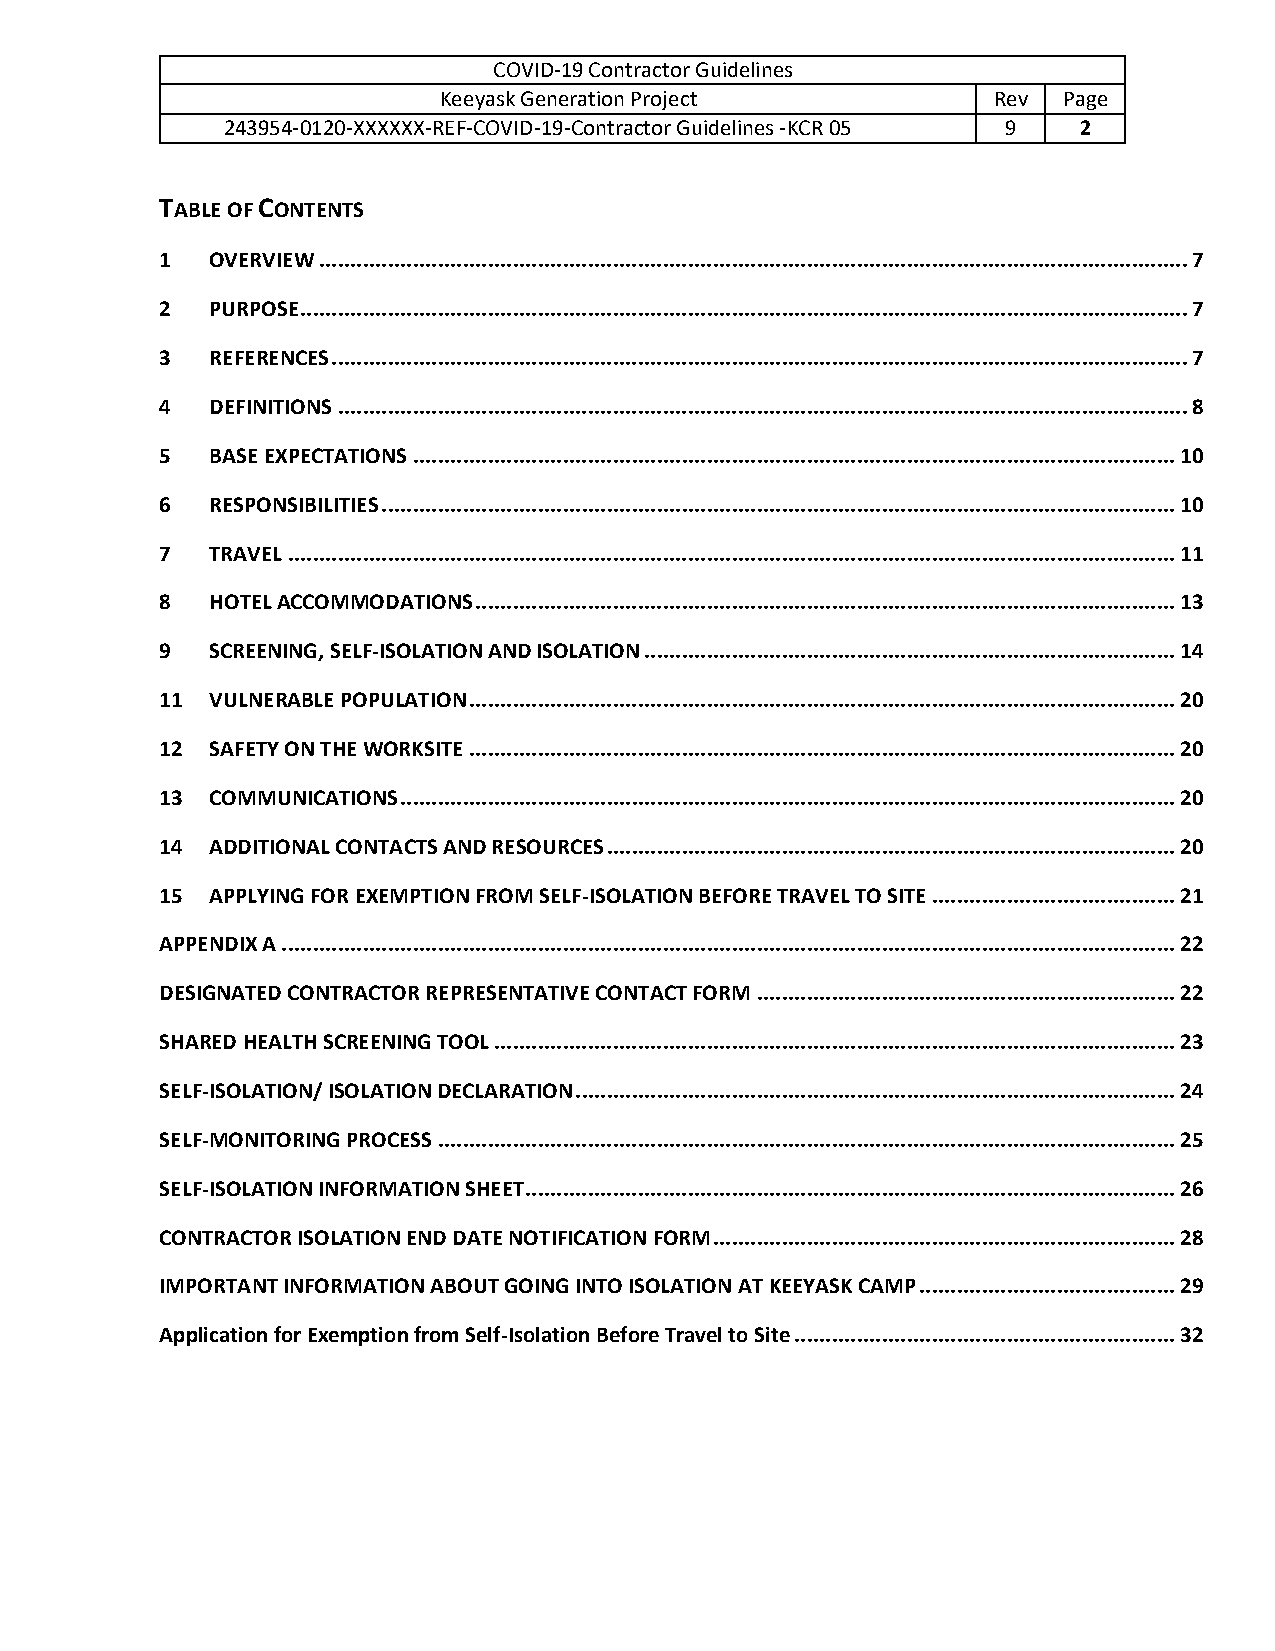
COVID-19 Contractor Guidelines
 Keeyask Generation Project           Rev Page
 243954-0120-XXXXXX-REF-COVID-19-Contractor Guidelines -KCR 05 9 2
 TABLE OF CONTENTS
 1  OVERVIEW ........................................................................................................................................... 7
 2  PURPOSE .............................................................................................................................................. 7
 3  REFERENCES ......................................................................................................................................... 7
 4  DEFINITIONS ........................................................................................................................................ 8
 5  BASE EXPECTATIONS .......................................................................................................................... 10
 6  RESPONSIBILITIES ............................................................................................................................... 10
 7  TRAVEL .............................................................................................................................................. 11
 8  HOTEL ACCOMMODATIONS ................................................................................................................ 13
 9  SCREENING, SELF-ISOLATION AND ISOLATION ..................................................................................... 14
 11 VULNERABLE POPULATION ................................................................................................................. 20
 12 SAFETY ON THE WORKSITE ................................................................................................................. 20
 13 COMMUNICATIONS ............................................................................................................................ 20
 14 ADDITIONAL CONTACTS AND RESOURCES ........................................................................................... 20
 15 APPLYING FOR EXEMPTION FROM SELF-ISOLATION BEFORE TRAVEL TO SITE ....................................... 21
 APPENDIX A ............................................................................................................................................... 22
 DESIGNATED CONTRACTOR REPRESENTATIVE CONTACT FORM ................................................................... 22
 SHARED HEALTH SCREENING TOOL ............................................................................................................. 23
 SELF-ISOLATION/ ISOLATION DECLARATION ................................................................................................ 24
 SELF-MONITORING PROCESS ...................................................................................................................... 25
 SELF-ISOLATION INFORMATION SHEET ........................................................................................................ 26
 CONTRACTOR ISOLATION END DATE NOTIFICATION FORM .......................................................................... 28
 IMPORTANT INFORMATION ABOUT GOING INTO ISOLATION AT KEEYASK CAMP ......................................... 29
 Application for Exemption from Self-Isolation Before Travel to Site ............................................................. 32